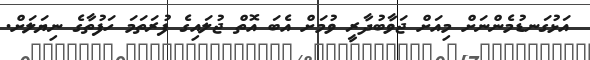
އަޅުގަނޑުމެންނަށް މިއަށް ޖަވާބުދާރީ ވުމަށް އެބަ އޮތް ޖުލައިގެ ފުރަތަމަ ހަފުތާގެ ނިޔަލަށް.